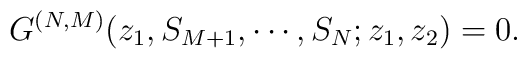
G^{(N,M)}(z_1,S_{M+1},\cdots,S_N;z_1,z_2)=0.